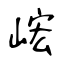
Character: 峵